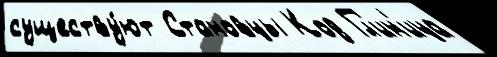
существу́ют Становцы Код Гл'ин'ица